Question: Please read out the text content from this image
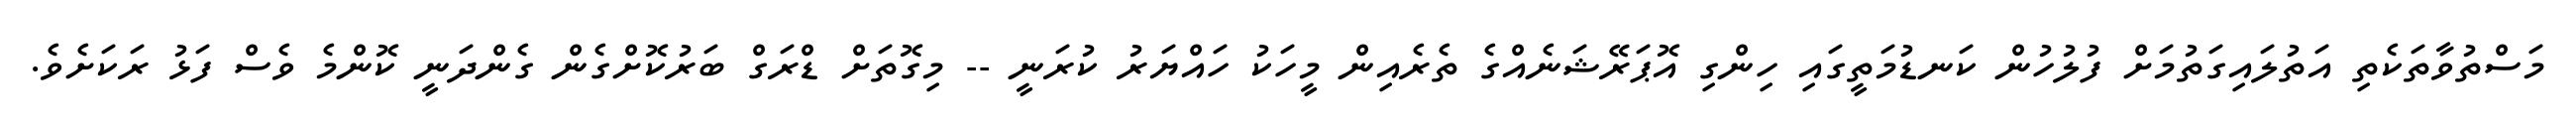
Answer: މަސްތުވާތަކެތި އަތުލައިގަތުމަށް ފުލުހުން ކަނޑުމަތީގައި ހިންގި އޮޕަރޭޝަނެއްގެ ތެރެއިން މީހަކު ހައްޔަރު ކުރަނީ -- މިގޮތަށް ޑްރަގް ބަރުކޮށްގެން ގެންދަނީ ކޮންމެ ވެސް ފަޅު ރަކަށެވެ.